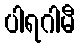
ပါရဂါမီ